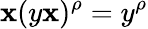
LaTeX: \mathbf{x}(y\mathbf{x})^{\rho}=y^{\rho}